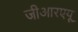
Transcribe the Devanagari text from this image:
जीआरएयू